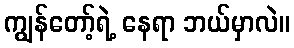
ကျွန်တော့်ရဲ့ နေရာ ဘယ်မှာလဲ။